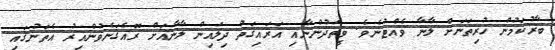
ބާރުކަމުން ހުރިތަނަށް ލާނާ ވެއްޓުނެވެ. ވީތަދުންނާއި އަރައިގަތް ދިލައިން ލާނާއަށް ރޮއެގަނެވުންއިރު އެތަނުގައި